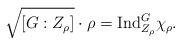
LaTeX: \begin{align*} \sqrt{[G:Z_\rho]}\cdot\rho=\mathrm{Ind}_{Z_\rho}^{G}\chi_\rho.\end{align*}